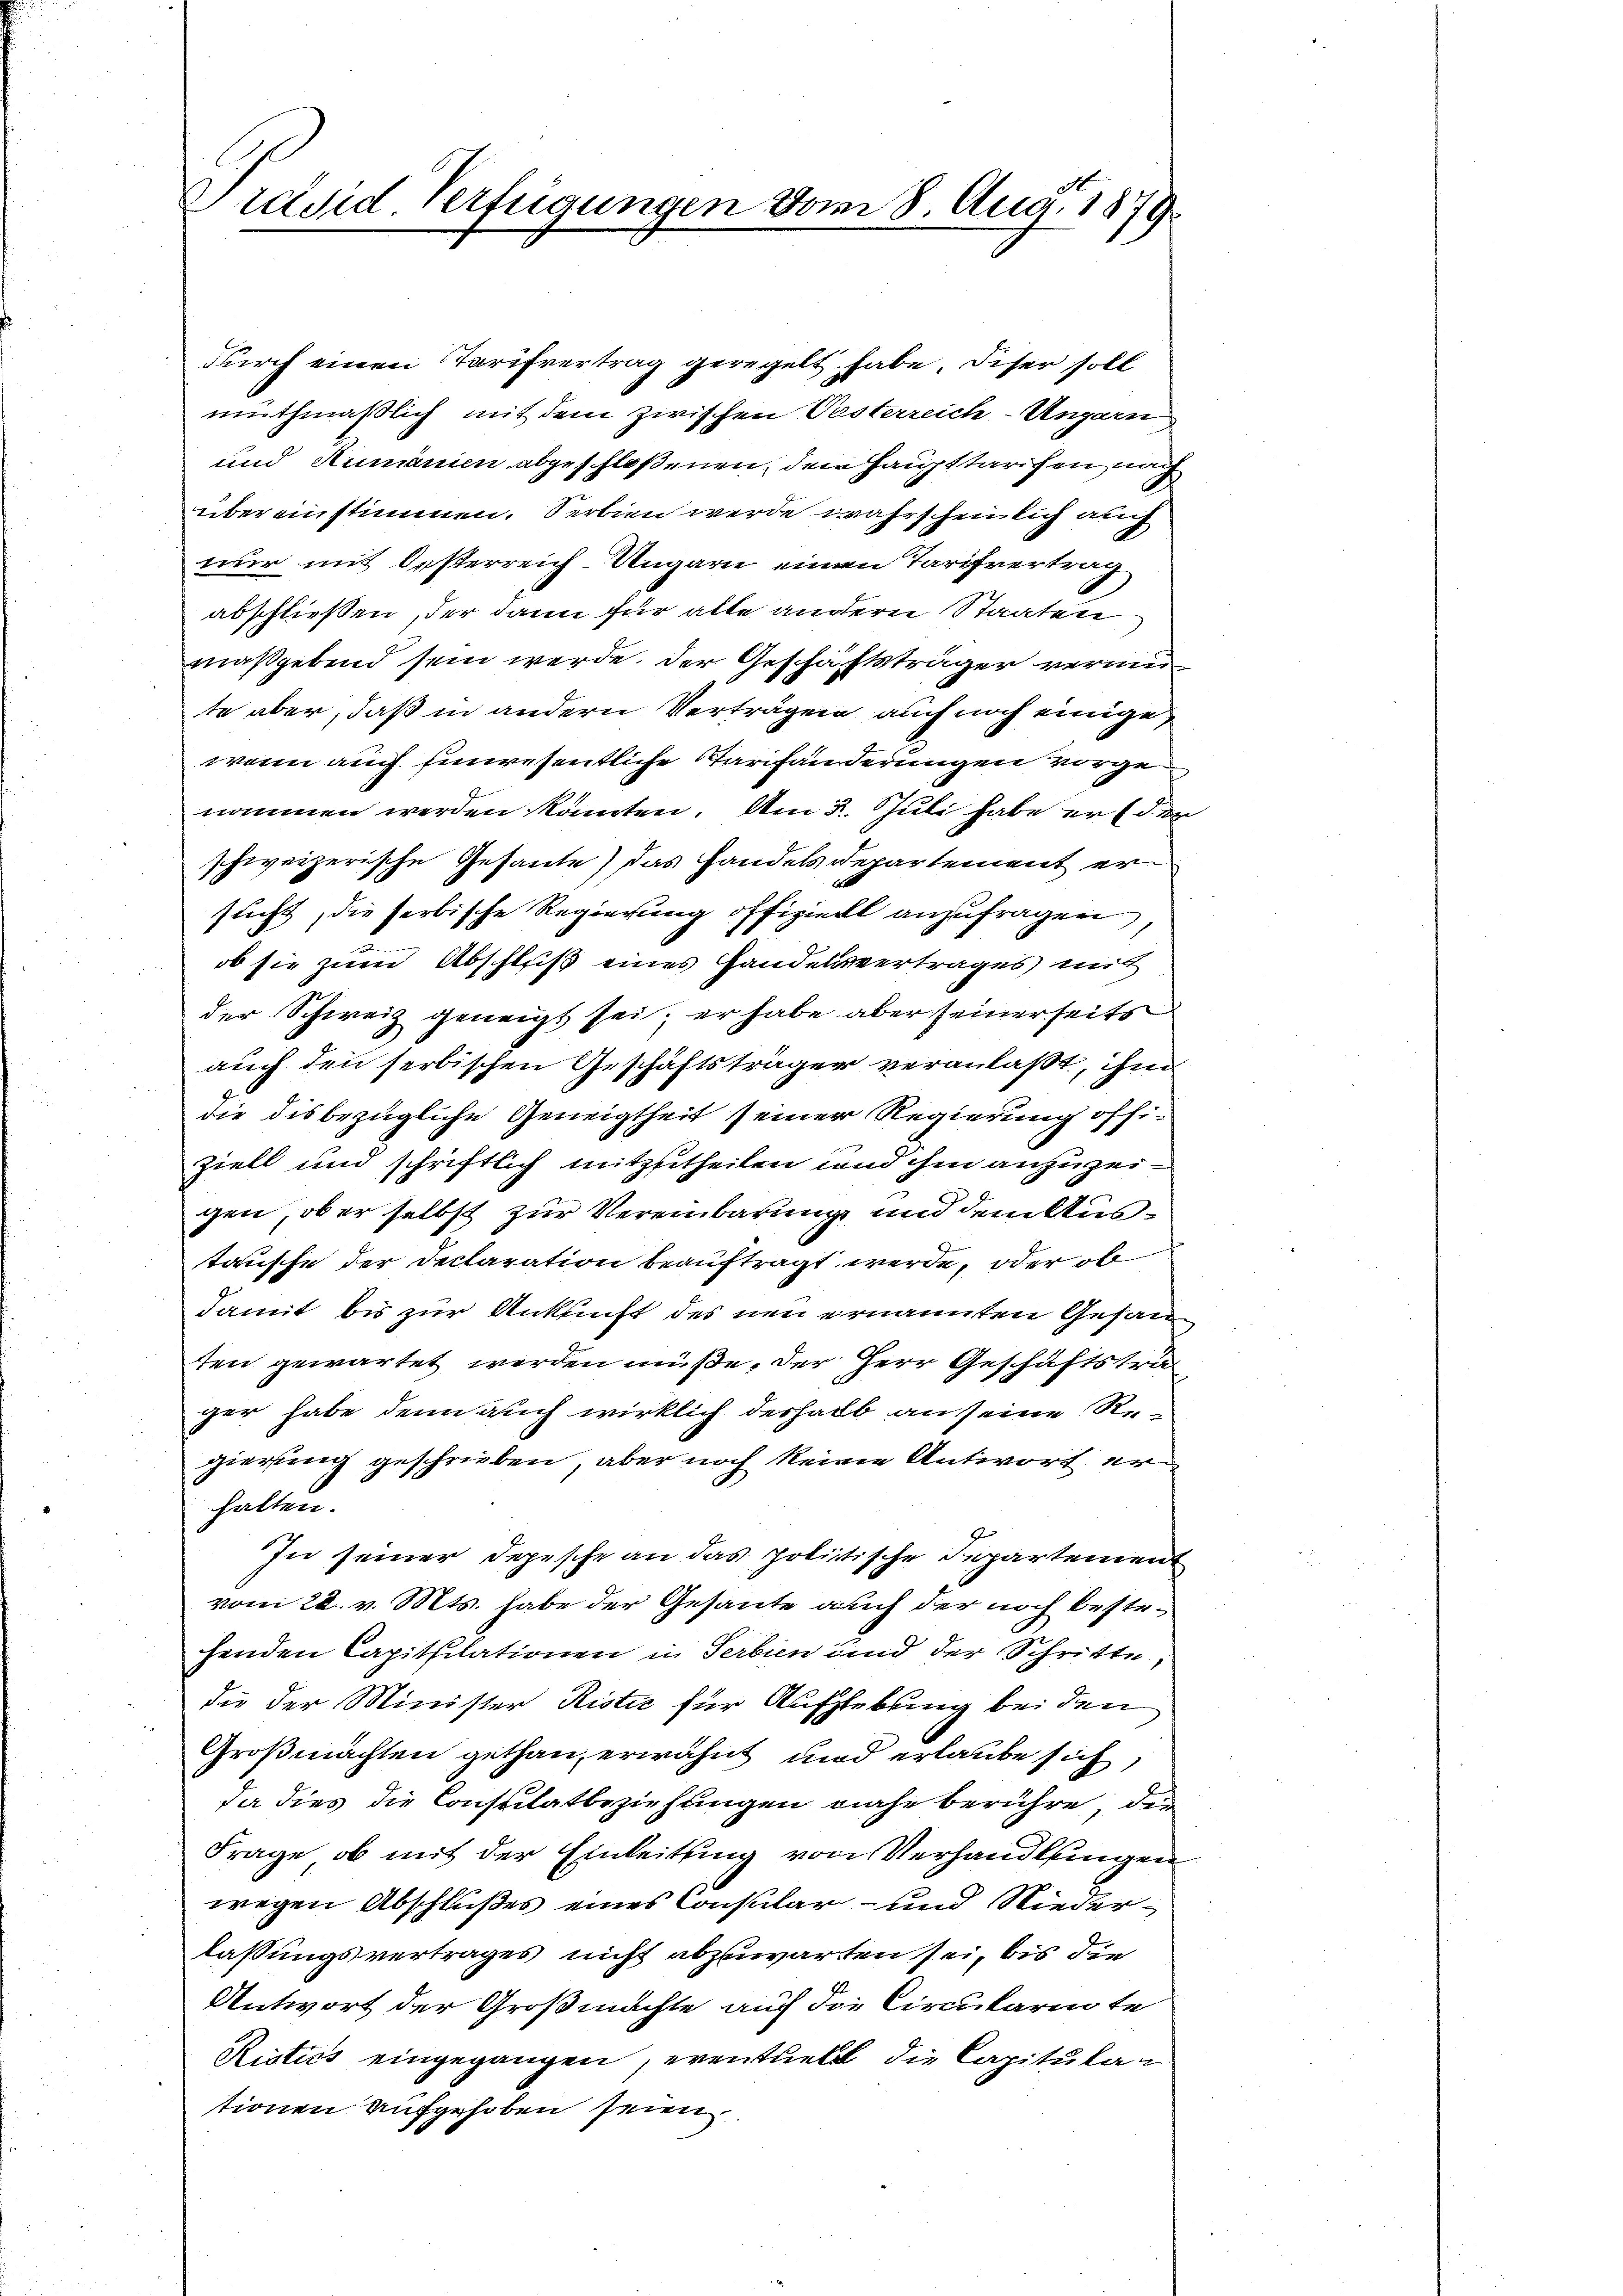
Präsid. Verfügungen vom 8. Aug. 1879

durch einen Tarifvertrag geregelt habe. Deser soll
muthmaßlich mit dem zwischen Pesterreich-Ungarn
und Rumänien abgeschloßenen, dem Haupttarifen, nach
übereinstimmen. Serbien werde wahrscheinlich auch
nur mit Oesterreich-Ungarn einen Tarifvertrag
abschließen, der dann für alte andern Staaten
maßgebend sein werde. Der Geschäftsträger vermute aber, daß in andern Verträgen auch noch einige
wenn auch hinwesentliche Tarifänderungen vorge
nommen werden könnten. Am 3. Juli habe er (der
schweizerische Gesante) das Handels Departement ersucht, die serbische Regierung offiziert anzufragen,
ob sie zum Abschluß eines Handelsvertrages mit
der Schweiz geneigt sei; er habe aber seinerseits
auch den serbischen Geschäftsträger veranlaßt, ihm
die dis bezügliche Geneigtheit seiner Regierung offiziell und schriftlich mitzutheilen und ihm anzuzeigen, ob er selbst zur Vereinbarung und dem Austausche der Declaration beauftragt werde, oder obe
damit bis zur Ankunft des neu ernannten Gesan
ten gewartet werden müße, der Herr Geschäftstrager habe denn auch wirklich deshalb an seine Regierung geschrieben, aber noch keine Antwort erhalten.
In seiner Depesche an das politische Departement
vom 28. v. Mts. habe der Gesante auch der noch bestehenden Capittilationen in Serbien und der Schritte
die der Minister Ristie für Aufhebung bei den
Großmachten gethan, erwähnt und erlaube sich
da dies die Consulatbeziehungen nahe berühre, die
Frage, ob mit der Einleitung von Verhandlungen
wegen Abschlußes eines Consular- und Niederlassungsvertrages nicht abzuwarten sei, bis die
Antwort der Großmachte auf die Circulariate
Risters eingegangen, eventuell die Capitulationen aufgehoben seien.

d